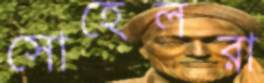
সোহেলরা